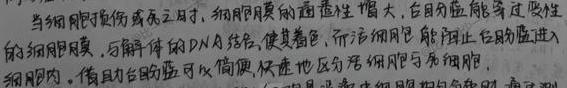
当细胞损伤或死亡时，细胞膜的通透性增大，台盼蓝能够穿过变性的细胞膜，与解体的DNA结合，使其着色，而活细胞能阻止台盼蓝进入细胞内，借助台盼蓝可以简便、快速地区分活细胞与死细胞。